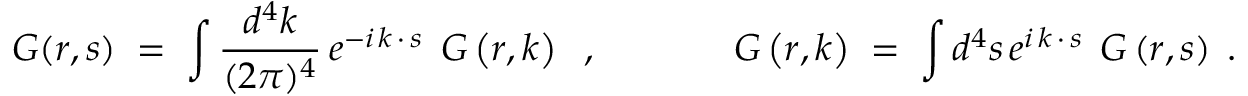
{ \cal G } ( r , s ) \; = \; \int \frac { d ^ { 4 } k } { ( 2 \pi ) ^ { 4 } } \, e ^ { - i \, k \, \cdot \, s } \; \, { \cal G } \left( r , k \right) \; \; , \; \; \; \; \; \; \; \; \; \; \; \; \; { \cal G } \left( r , k \right) \; = \; \int d ^ { 4 } s \, e ^ { i \, k \, \cdot \, s } \; \, { \cal G } \left( r , s \right) \; .